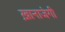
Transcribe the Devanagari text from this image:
ख़ानाजंगी